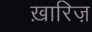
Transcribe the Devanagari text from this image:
ख़ारिज़